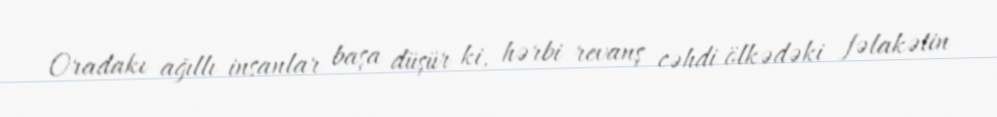
Oradakı ağıllı insanlar başa düşür ki, hərbi revanş cəhdi ölkədəki fəlakətin